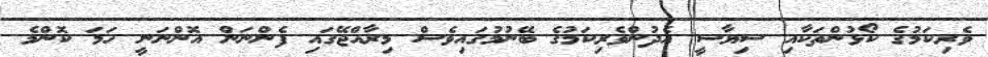
ވެރިކަމުގެ ކޯޅުންތަކާއި ސިޔާސީ އެދުންވެރިކަމުގެ ބޭނުމުގައިވެސް މިރާއްޖޭގައި ފެންނަން އޮންނަނީ ހަމަ ކޮންމެ